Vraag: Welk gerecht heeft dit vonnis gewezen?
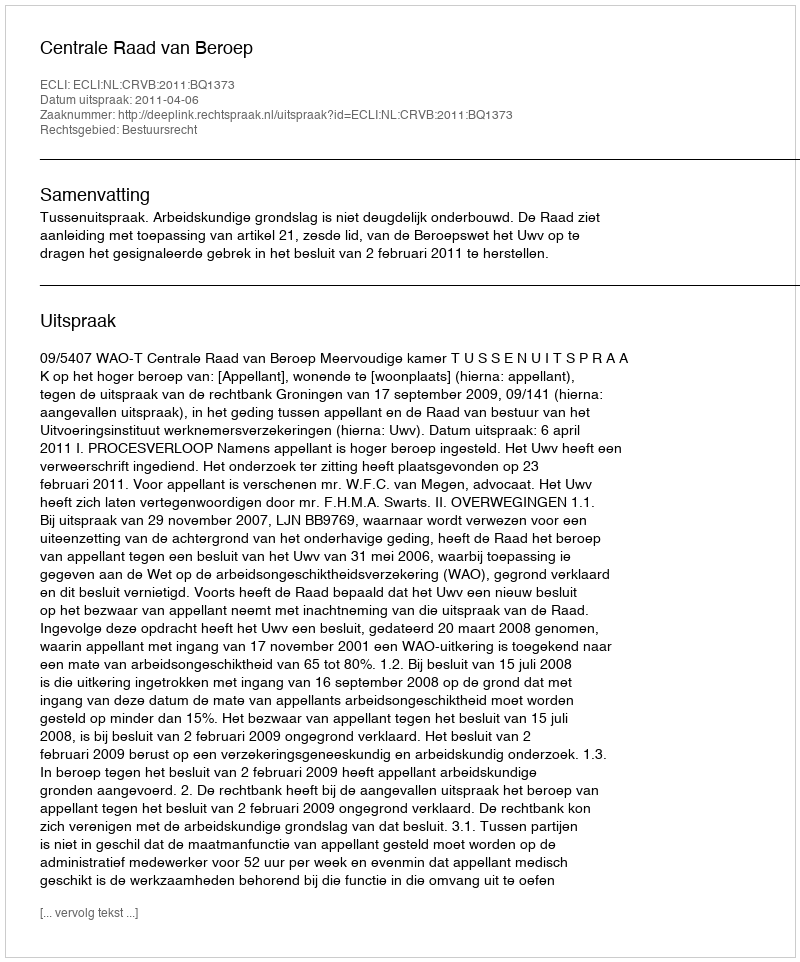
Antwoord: Centrale Raad van Beroep